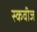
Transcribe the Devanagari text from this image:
स्कवीज